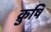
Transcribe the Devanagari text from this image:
क्रुषि